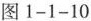
图1-1-10